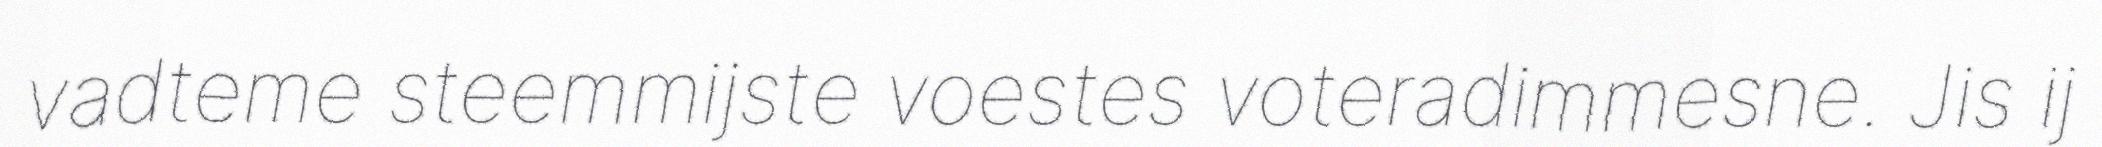
vadteme steemmijste voestes voteradimmesne. Jis ij